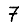
Digit: 7